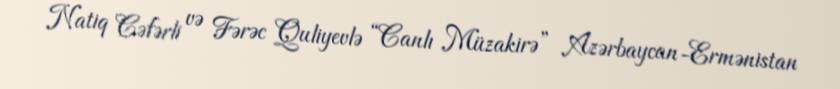
Natiq Cəfərli və Fərəc Quliyevlə “Canlı Müzakirə” Azərbaycan-Ermənistan